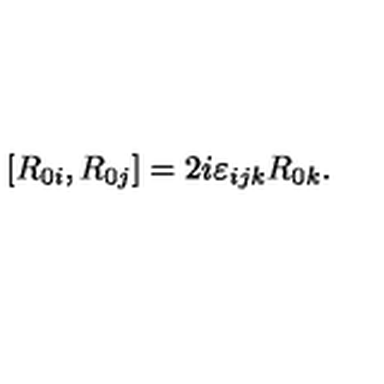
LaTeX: [ R _ { 0 i } , R _ { 0 j } ] = 2 i \varepsilon _ { i j k } R _ { 0 k } .